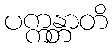
ပက္ကန္တာတိ